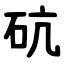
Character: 砊